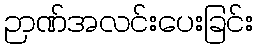
ဉာဏ်အလင်းပေးခြင်း